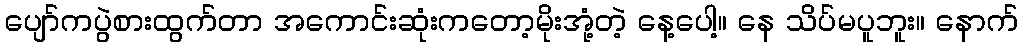
ပျော်ကပွဲစားထွက်တာ အကောင်းဆုံးကတော့မိုးအုံ့တဲ့ နေ့ပေါ့။ နေ သိပ်မပူဘူး။ နောက်